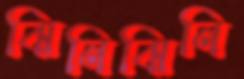
ঝিনিঝিনি